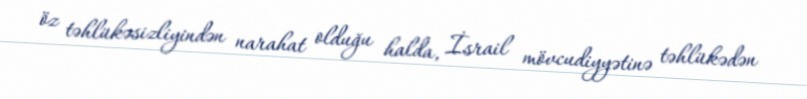
öz təhlükəsizliyindən narahat olduğu halda, İsrail mövcudiyyətinə təhlükədən